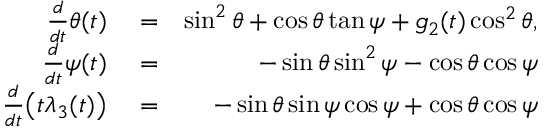
\begin{array} { r l r } { \frac { d } { d t } \theta ( t ) } & { { } = } & { \sin ^ { 2 } { \theta } + \cos { \theta } \tan { \psi } + g _ { 2 } ( t ) \cos ^ { 2 } { \theta } , } \\ { \frac { d } { d t } \psi ( t ) } & { { } = } & { - \sin { \theta } \sin ^ { 2 } { \psi } - \cos { \theta } \cos { \psi } } \\ { \frac { d } { d t } \big ( t \lambda _ { 3 } ( t ) \big ) } & { { } = } & { - \sin { \theta } \sin { \psi } \cos { \psi } + \cos { \theta } \cos { \psi } } \end{array}